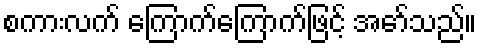
စကားလက် ကြောက်ကြောက်ဖြင့် အော်သည်။